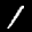
Label: 1